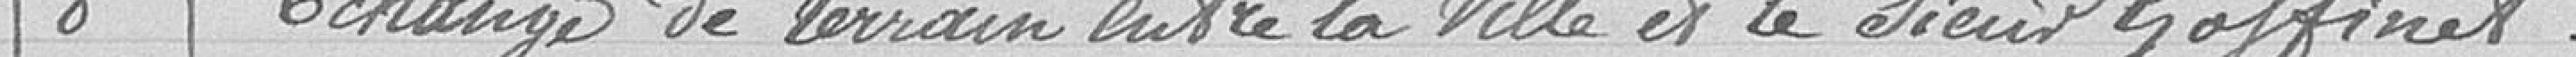
8. Echange de terrain entre la Ville et le Sieur GOPFNET?